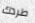
طردك